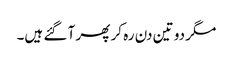
مگر دو تین دن رہ کر پھر آ گئے ہیں۔